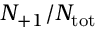
N _ { + 1 } / N _ { \mathrm { { t o t } } }